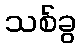
သစ်ခွ